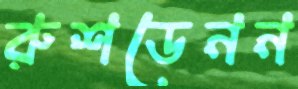
রুশডেনন